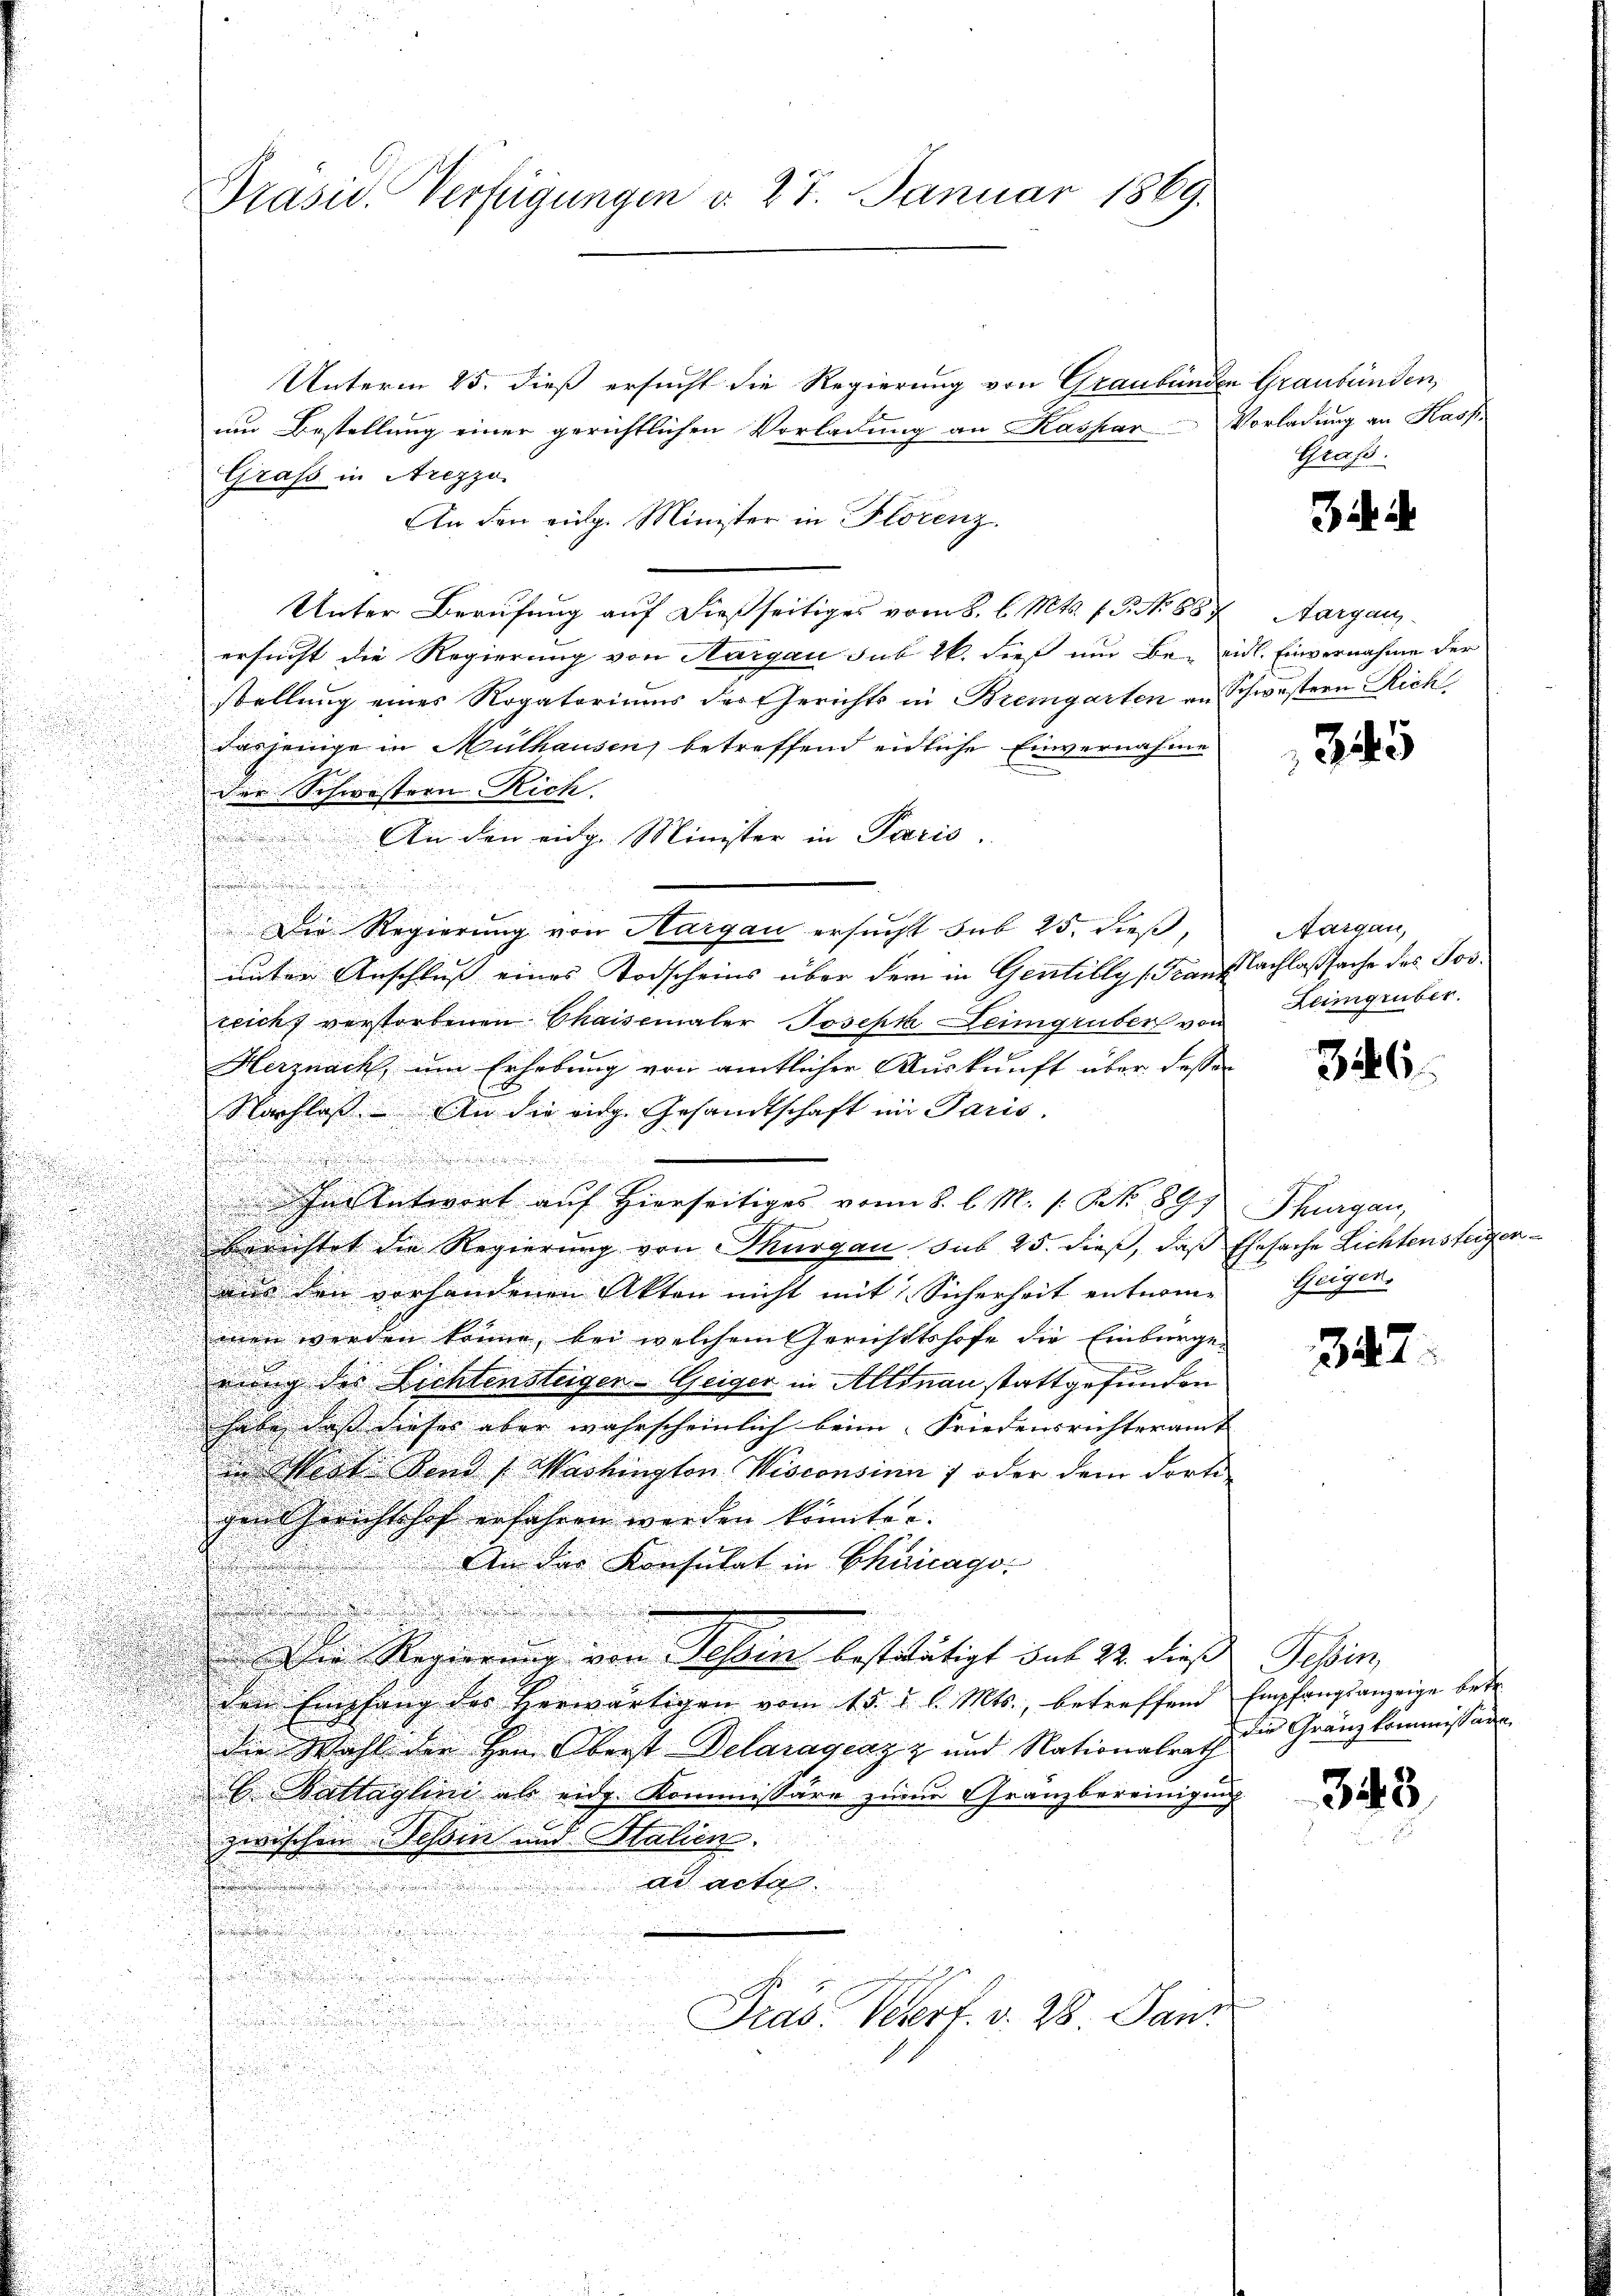
Unterm 25. dieß ersucht die Regierung von Graubünde
um Bestellung einer gerichtlichen Vorladung an Kaspar Vorladung an Kassi-
Graß in Arezzo.
An den eidg. Minister in Florenz.
Unter Berufung auf dießseitiges vom 8. l. Mts. f. P. No 687, Aargau
ersucht die Regierung von Aargau sub 26. dieß um Be- eidl. Einvernahme der
stellung eines Rogatoriums der Gerichts in Bremgarten an
dasjenige in Mülhausen betreffend eidliche Einvernahme
der Schwestern Rich.
An den eidg. Minister in Paris.
.
.
u
u
Die Regierung von Hargau ersucht sub 25. dieß,
8
unter Anschluß eines Todscheins über dem in Gentilly (Frank
teich verstorbenen Chaisenaler Joseph Leimgruber von
Herznach um Erhebung von amtlicher Auskunft über dessen
Nachlaß. An die eige Gesandtschaft in Paris.

In Antwort auf Hierseitiges vom 8. l. M. (: St. 891
Berichtet die Regierung von Thurgau sub 25. dieß, daß
aus den vorhandenen Akten nicht mit Sicherheit entnom-
men werden könne, bei welchem Gerichtshofe die Einburger
nung des Lichtensteigen-Geiger in Altnau stattgefunden.

u

habe, daß dieses aber wahrscheinlich beim Friedensrichteramt |
n
en Wort sind (Washington Wisconsinn 7 oder dem Fortigen Gerichtshof erfahren werden könnten.
An der Konsulat in Chicago

e
.
Die Regierung von Tessin bestitätigt sub 22. dies
den Empfang des herwärtigen vom 15. d. d. Mts., betreffend
die Wahl der Hrn. Oberst Delaragraz z und Nationalrath
 Battaglin als eidg. Kommissäre zum Gränzbereinigun
s
zwischen Tessin und Stalien.
ad acta
.
Präs. Verf. v. 28. Janz

Präsid. Verfügungen d. 27. Januar 1869.

in Graubünden,
Graf.

3

Schwestern Rich

345

Nargau,
Nachlaßsache des Jos.
Lengruber.

346

Thurgau,
Ehesache Lichtensteigen
Geigen.

347

Tessin
Empfangsanzeige betr.
Die Gränz kommissare

343